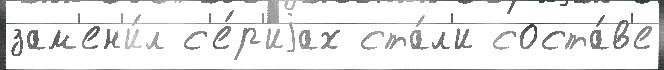
зам'ен'и́л с'е́р'иjах ста́л'и соста́в'е